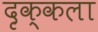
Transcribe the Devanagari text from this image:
दृक्कला